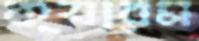
ক্যারম